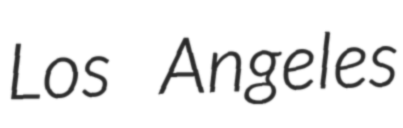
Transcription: Los Angeles